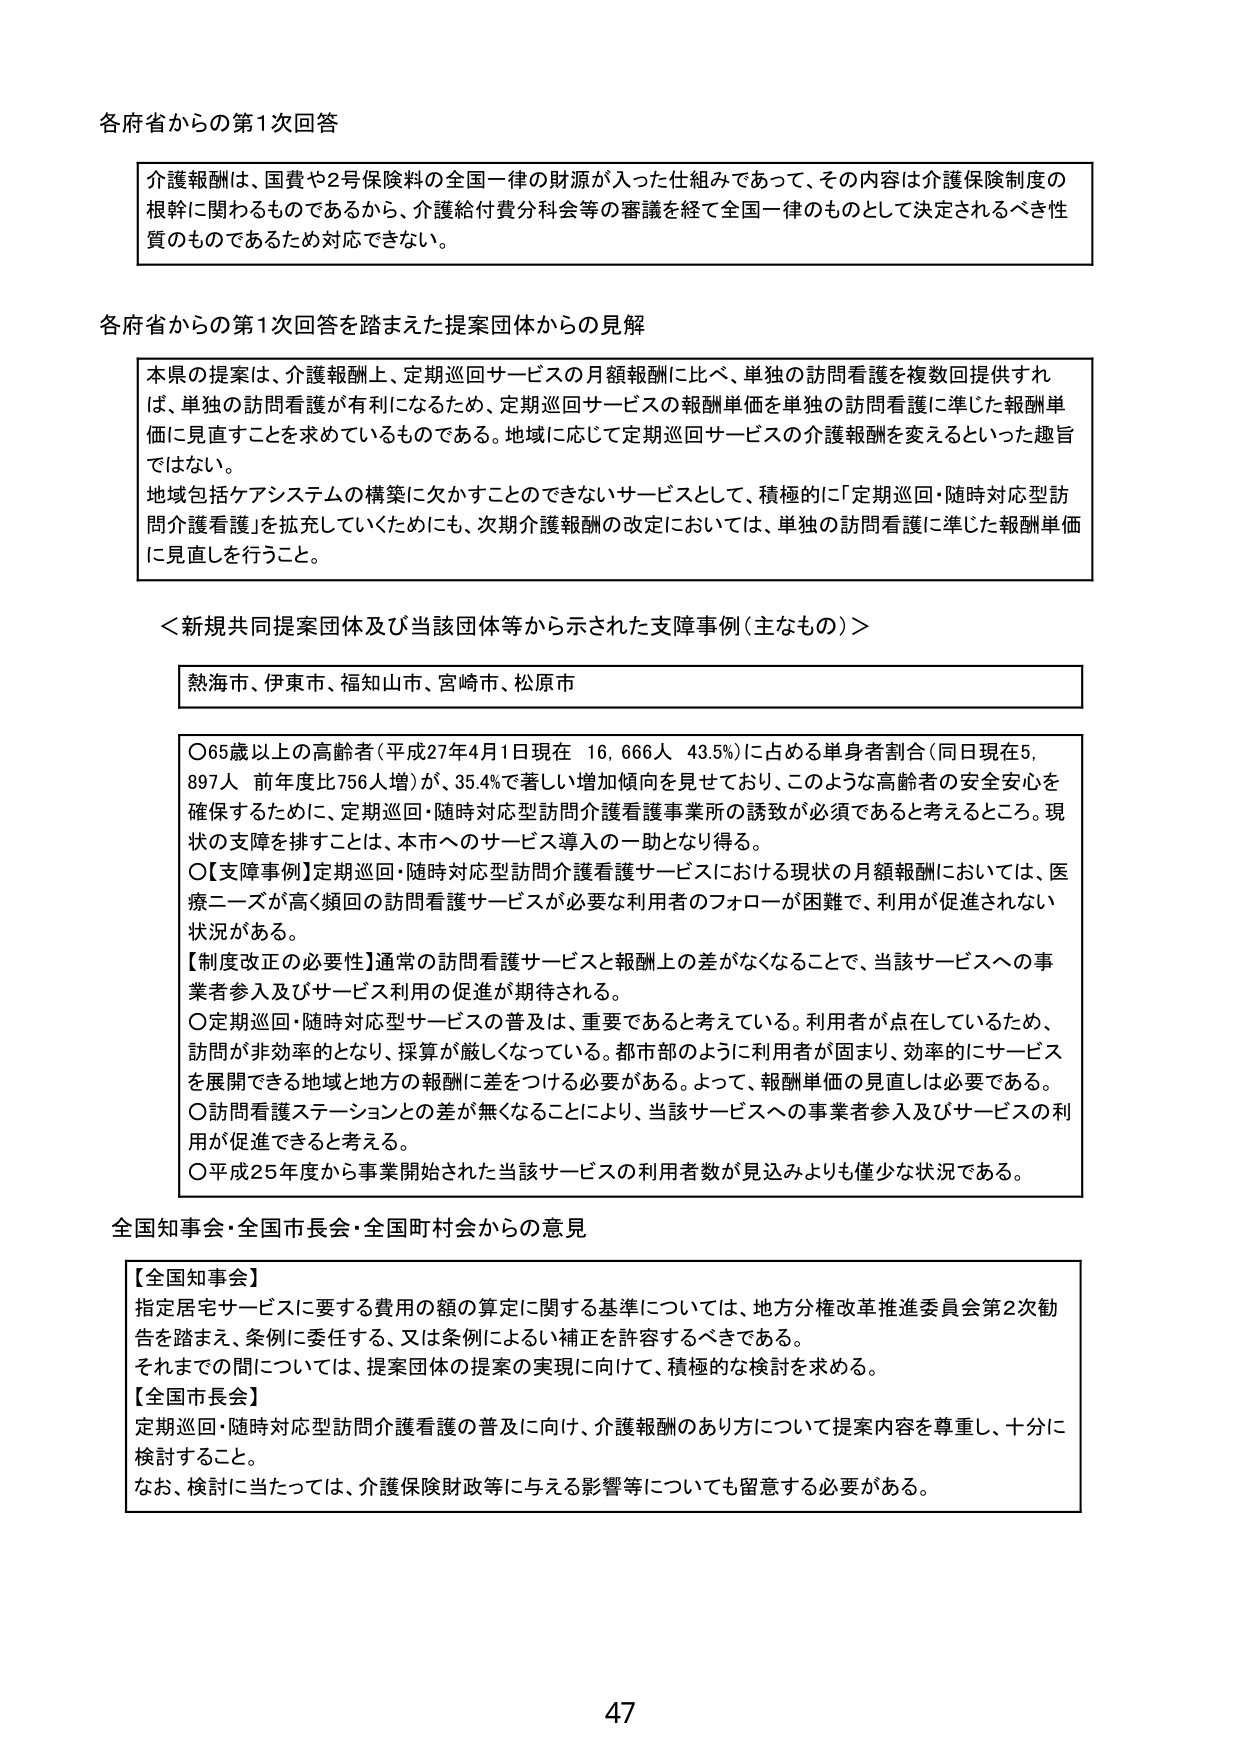
各府省からの第1次回答

介護報酬は、国費や2号保険料の全国一律の財源が入った仕組みであって、その内容は介護保険制度の根幹に関わるものであるから、介護給付費分科会等の審議を経て全国一律のものとして決定されるべき性質のものであるため対応できない。

各府省からの第1次回答を踏まえた提案団体からの見解

本県の提案は、介護報酬上、定期巡回サービスの月額報酬に比べ、単独の訪問看護を複数回提供すれば、単独の訪問看護が有利になるため、定期巡回サービスの報酬単価を単独の訪問看護に準じた報酬単価に見直すことを求めているものである。地域に応じて定期巡回サービスの介護報酬を変えるといった趣旨ではない。
地域包括ケアシステムの構築に欠かすことのできないサービスとして、積極的に「定期巡回・随時対応型訪問介護看護」を拡充していくためにも、次期介護報酬の改定においては、単独の訪問看護に準じた報酬単価に見直しを行うこと。

＜新規共同提案団体及び当該団体等から示された支障事例（主なもの）＞

熱海市、伊東市、福知山市、宮崎市、松原市

○65歳以上の高齢者（平成27年4月1日現在 16,666人 43.5%）に占める単身者割合（同日現在5,897人 前年度比756人増）が、35.4%で著しい増加傾向を示しており、このような高齢者の安全安心を確保するために、定期巡回・随時対応型訪問介護看護事業所の誘致が必須であると考えるところ。現状の支障を排すことは、本市へのサービス導入の一助となり得る。
○【支障事例】定期巡回・随時対応型訪問介護看護サービスにおける現状の月額報酬においては、医療ニーズが高く頻回の訪問看護サービスが必要な利用者のフォローが困難で、利用が促進されない状況がある。
【制度改正の必要性】通常の訪問看護サービスと報酬上の差がなくなることで、当該サービスへの事業者参入及びサービス利用の促進が期待される。
○定期巡回・随時対応型サービスの普及は、重要であると考えている。利用者が点在しているため、訪問が非効率的となり、採算が厳しくなっている。都市部のように利用者が固まり、効率的にサービスを展開できる地域と地方の報酬に差をつける必要がある。よって、報酬単価の見直しは必要である。
○訪問看護ステーションとの差が無くなることにより、当該サービスへの事業者参入及びサービスの利用が促進できると考える。
○平成25年度から事業開始された当該サービスの利用者数が見込みよりも僅少な状況である。

全国知事会・全国市長会・全国町村会からの意見

【全国知事会】
指定居宅サービスに要する費用の額の算定に関する基準については、地方分権改革推進委員会第2次勧告を踏まえ、条例に委任する、又は条例による補正を許容するべきである。
それまでの間については、提案団体の提案の実現に向けて、積極的な検討を求める。
【全国市長会】
定期巡回・随時対応型訪問介護看護の普及に向け、介護報酬のあり方について提案内容を尊重し、十分に検討すること。
なお、検討に当たっては、介護保険財政等に与える影響等についても留意する必要がある。

47